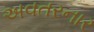
અવતરનાર